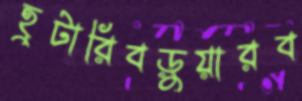
হুটারিবড়ুয়ারব